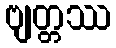
ဗျတ္တဿ